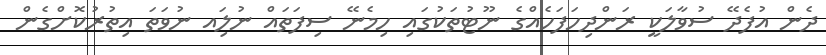
ދެން އުފެދޭ ސުވާލަކީ ރަންދިހަފަހެއްގެ ނޫޓުތަކުގައި ހިމެނޭ ސިފަތައް ނުލަިއ ނުވަތަ އިތުރުކޮށްގެން